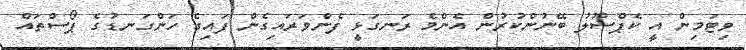
ވިޓަމިން އީ ކެޕްސޫލު ބޭނުންކުރުން އެންމެ ރަނގަޅީ ފެންވަރައިގެން ފައިގެ ހަންގަނޑުގެ ޕޯސްތައް